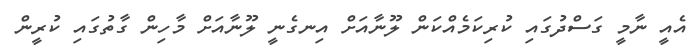
އެއީ ނާމީ ގަސްދުގައި ކުރިކަމެއްކަން ލޫނާއަށް އިނގެނީ ލޫނާއަށް މާހިން ގާތުގައި ކުރީން